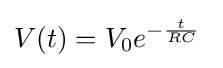
V(t)=V_{0}e^{-{\frac {t}{RC}}}\